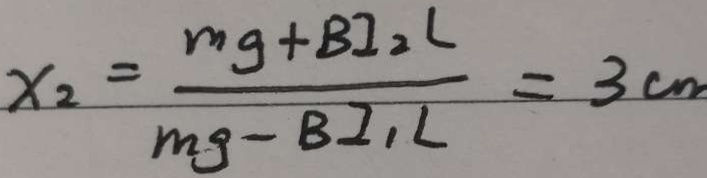
x _ { 2 } = \frac { m g + B I _ { 2 } L } { m g - B I _ { 1 } L } = 3 c m